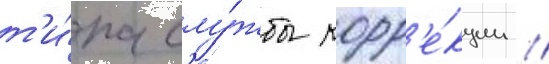
т'и́па слу́жбы корр'е́кции //